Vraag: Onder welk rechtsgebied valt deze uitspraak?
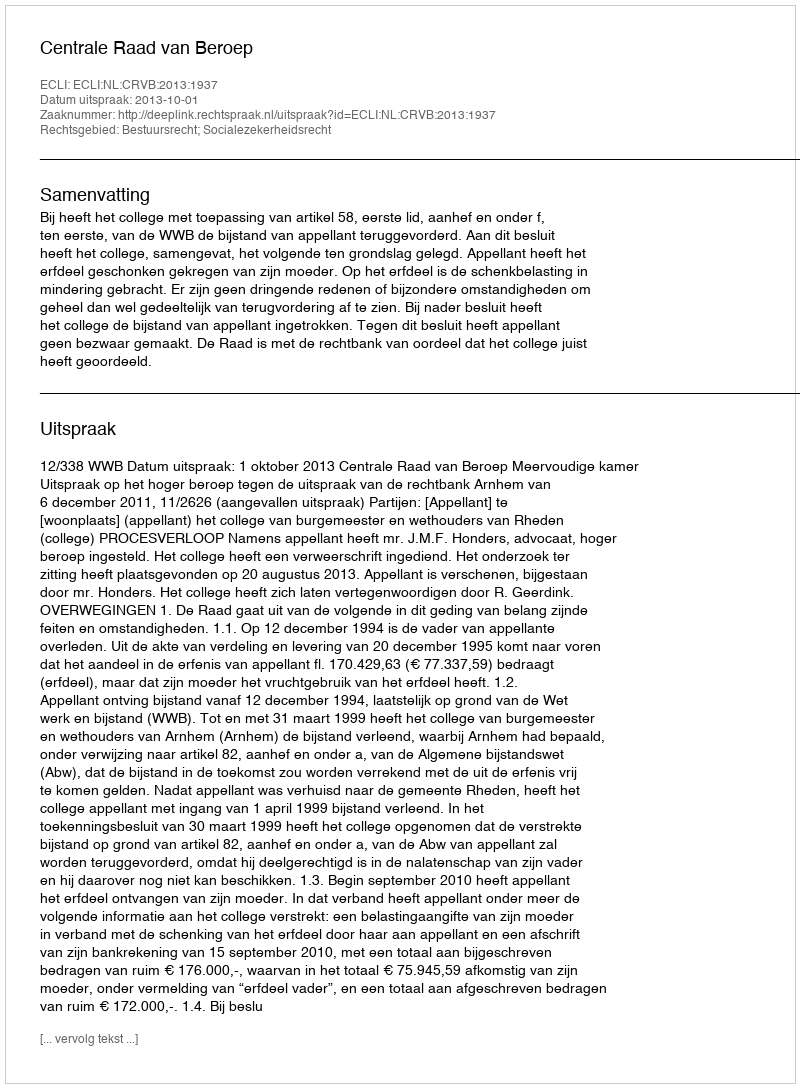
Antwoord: Bestuursrecht; Socialezekerheidsrecht